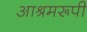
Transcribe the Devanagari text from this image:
आश्रमरूपी